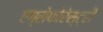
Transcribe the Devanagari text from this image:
एग्रोफोरेस्ट्री